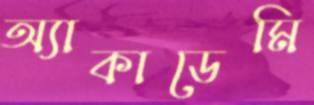
অ্যাকাডেমি